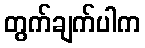
တွက်ချက်ပါက